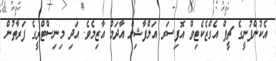
އެކުންފުނީގެ ޗީފް އެގްޒެކެޓިވް އޮފިސަރ އަލްފާޝިލް އާދަމް އާޒިމެވެ. އަދި މިނިސްޓްރީގެ ފަރާތުން